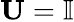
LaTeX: \mathbf{U}=\mathbb{I}